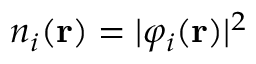
n _ { i } ( \mathbf { r } ) = | \varphi _ { i } ( \mathbf { r } ) | ^ { 2 }